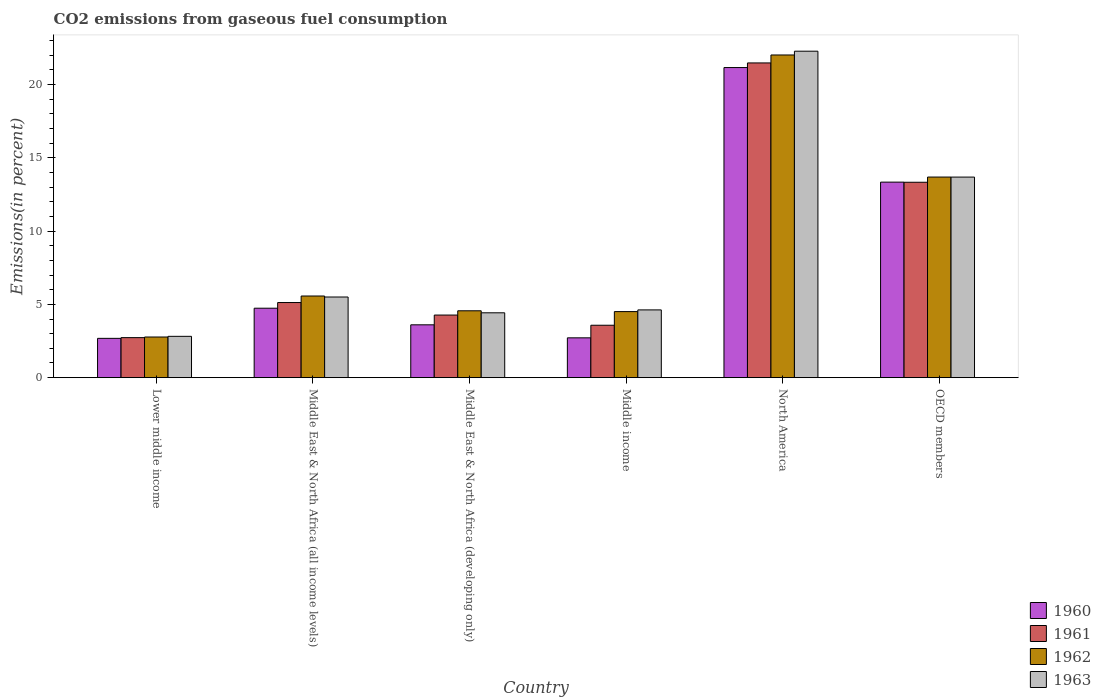
| Country | 1960 | 1961 | 1962 | 1963 |
 | --- | --- | --- | --- | --- |
 | Lower middle income | 2.68 | 2.73 | 2.77 | 2.82 |
 | Middle East & North Africa (all income levels) | 4.74 | 5.12 | 5.57 | 5.5 |
 | Middle East & North Africa (developing only) | 3.6 | 4.27 | 4.56 | 4.42 |
 | Middle income | 2.72 | 3.57 | 4.5 | 4.62 |
 | North America | 21.1 | 21.5 | 22 | 22.3 |
 | OECD members | 13.3 | 13.3 | 13.7 | 13.7 |